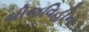
બીજવિહીન